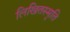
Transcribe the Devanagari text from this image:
लिखितस्मृति